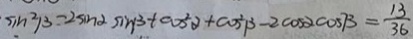
\sin ^ { 2 } \beta - 2 \sin \alpha \sin \beta + \cos ^ { 2 } \alpha + \cos ^ { 2 } \beta - 2 \cos \alpha \cos \beta = \frac { 1 3 } { 3 6 }